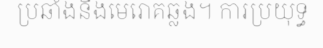
ប្រឆាំងនឹងមេរោគឆ្លង។ ការប្រយុទ្ធ